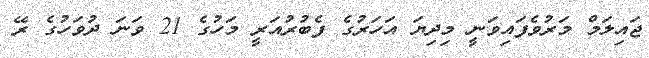
ޖައިލަމް މަރުވެފައިވަނީ މިދިޔަ އަހަރުގެ ފެބުރުއަރީ މަހުގެ 21 ވަނަ ދުވަހުގެ ރޭ